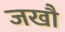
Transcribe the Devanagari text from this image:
जखौ